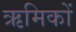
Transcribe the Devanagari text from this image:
ऋमिकों